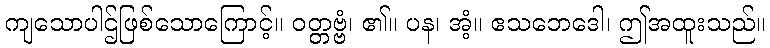
ကျသောပါဌ်ဖြစ်သောကြောင့်။ ဝတ္တဗ္ဗံ၊ ၏။ ပန၊ အံ့။ ဧသဘေဒေါ၊ ဤအထူးသည်။